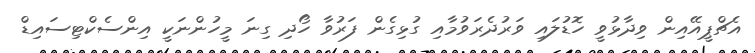
އެޗްޕީއޭއިން ވިދާޅުވީ ހޮޑުލައި ވަރުދެރަވުމާއި ގުޅިގެން ފަރުވާ ހޯދި ގިނަ މީހުންނަކީ އިންސެކްޓިސައިޑް